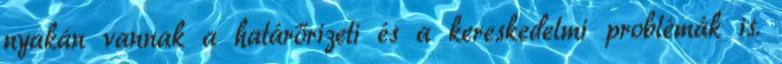
nyakán vannak a határőrizeti és a kereskedelmi problémák is.